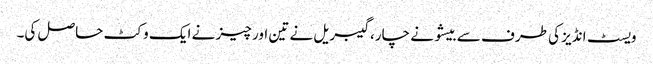
ویسٹ انڈیز کی طرف سے بیشو نے چار، گیبریل نے تین اور چیز نے ایک وکٹ حاصل کی۔